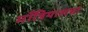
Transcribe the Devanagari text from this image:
माँत्रियालचा